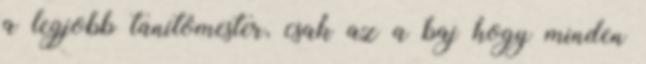
a legjobb tanítómester, csak az a baj hogy minden